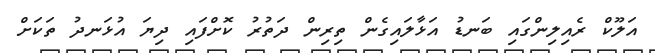
އަލޫކް ރެއިލިންގައި ބަނޑު އަޅާލައިގެން ތިރިން ދަތުރު ކޮށްފައި ދިޔަ އުޅަނދު ތަކަށް